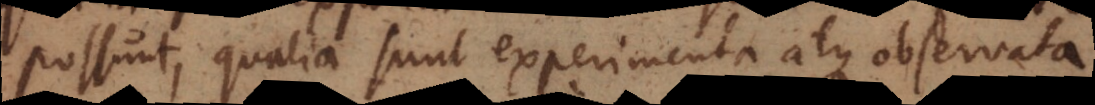
possunt, qualia sunt experimenta atque observata,